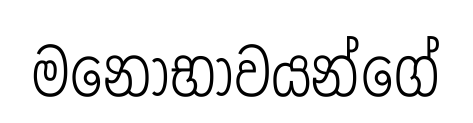
මනෝභාවයන්ගේ